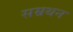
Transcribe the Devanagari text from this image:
सम्रथन